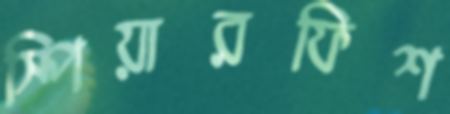
স্পিয়ারফিশ